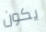
يكون